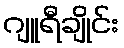
ဂျူရီချိုင်း